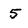
Character: 5